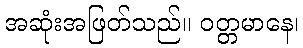
အဆုံးအဖြတ်သည်။ ဝတ္တမာနေ၊